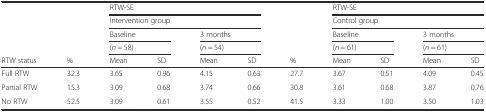
<table><thead><tr><td>[EMPTY_CELL]</td><td>[EMPTY_CELL]</td><td colspan="4"><b>RTW-SE</b></td><td>[EMPTY_CELL]</td><td colspan="4"><b>RTW-SE</b></td></tr><tr><td>[EMPTY_CELL]</td><td>[EMPTY_CELL]</td><td colspan="4"><b>Intervention group</b></td><td>[EMPTY_CELL]</td><td colspan="4"><b>Control group</b></td></tr><tr><td>[EMPTY_CELL]</td><td>[EMPTY_CELL]</td><td colspan="2"><b>Baseline</b></td><td colspan="2"><b>3 months</b></td><td>[EMPTY_CELL]</td><td colspan="2"><b>Baseline</b></td><td colspan="2"><b>3 months</b></td></tr><tr><td>[EMPTY_CELL]</td><td>[EMPTY_CELL]</td><td colspan="2"><b>(<i>n</i> = 58)</b></td><td colspan="2"><b>(<i>n</i> = 54)</b></td><td>[EMPTY_CELL]</td><td colspan="2"><b>(<i>n</i> = 61)</b></td><td colspan="2"><b>(<i>n</i> = 61)</b></td></tr><tr><td><b>RTW status</b></td><td><b>%</b></td><td><b>Mean</b></td><td><b>SD</b></td><td><b>Mean</b></td><td><b>SD</b></td><td><b>%</b></td><td><b>Mean</b></td><td><b>SD</b></td><td><b>Mean</b></td><td><b>SD</b></td></tr></thead><tbody><tr><td>Full RTW</td><td>32.3</td><td>3.65</td><td>0.96</td><td>4.15</td><td>0.63</td><td>27.7</td><td>3.67</td><td>0.51</td><td>4.09</td><td>0.45</td></tr><tr><td>Partial RTW</td><td>15.3</td><td>3.09</td><td>0.68</td><td>3.74</td><td>0.66</td><td>30.8</td><td>3.61</td><td>0.68</td><td>3.87</td><td>0.76</td></tr><tr><td>No RTW</td><td>52.5</td><td>3.09</td><td>0.61</td><td>3.55</td><td>0.52</td><td>41.5</td><td>3.33</td><td>1.00</td><td>3.50</td><td>1.03</td></tr></tbody></table>